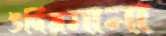
উদিয়মানা